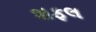
શફલ